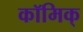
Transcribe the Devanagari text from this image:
कॉमिक्